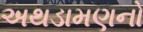
અથડામણનો